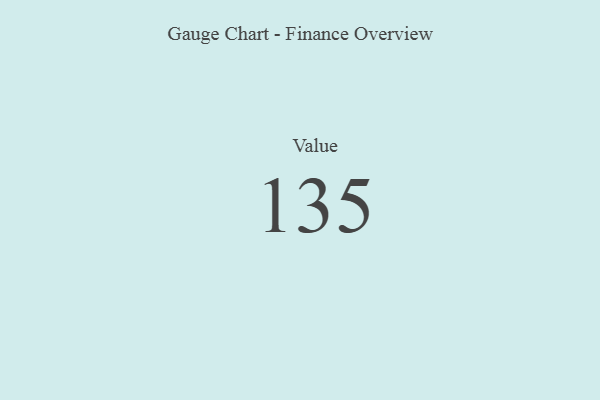
{"axis": {"x": "Metric", "y": "Value"}, "legend": [""], "data": [{"x": "Value", "y": 135, "type": ""}]}